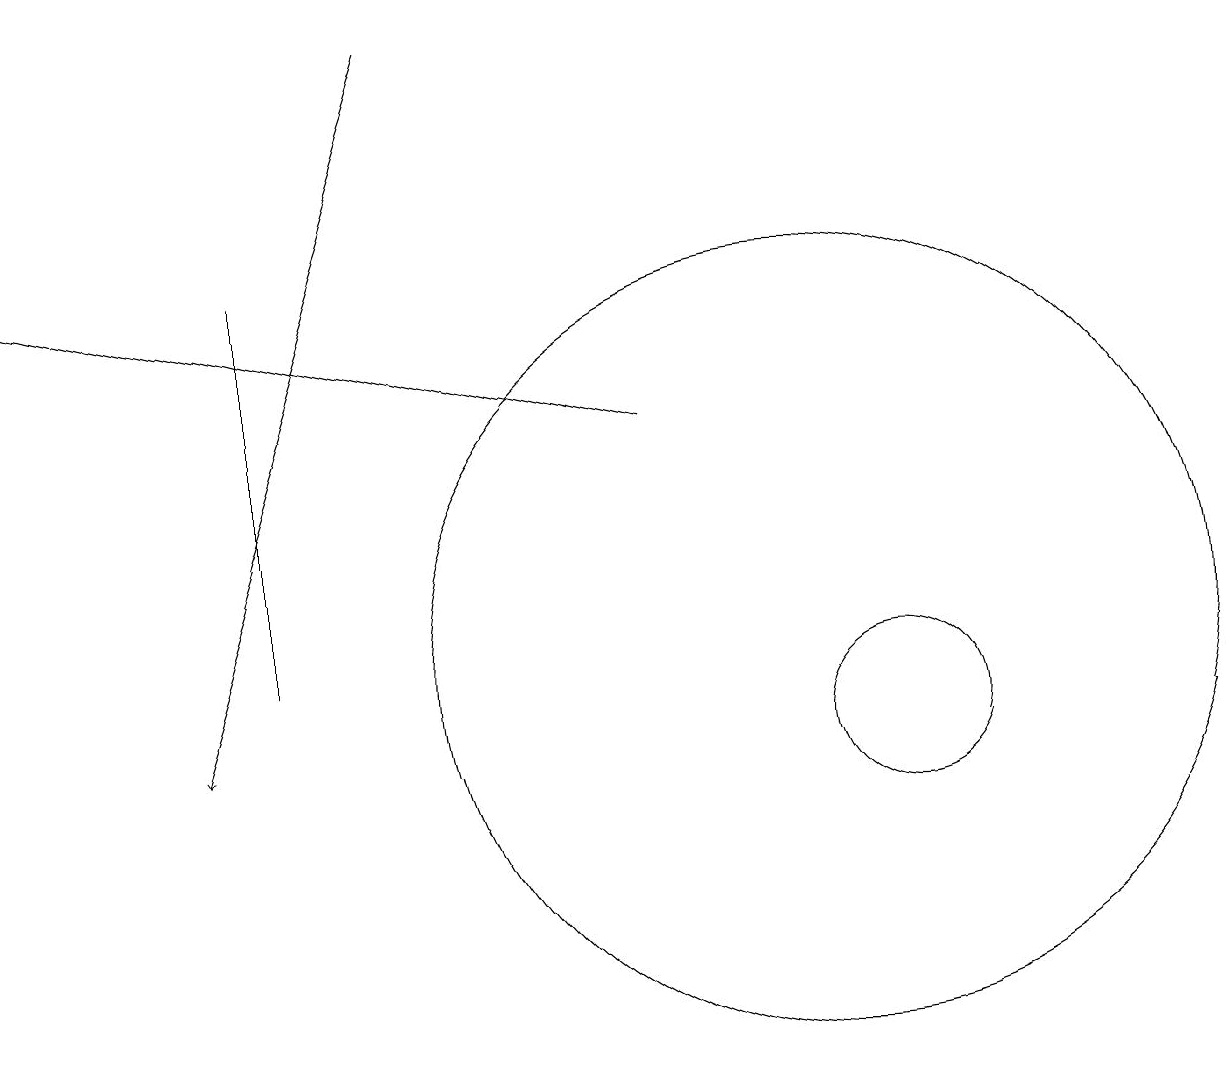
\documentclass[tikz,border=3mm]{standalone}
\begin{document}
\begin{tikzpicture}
\draw (11,10) circle (1);
\draw (10,11) circle (5);
\draw[->] (8,14) -- (0,16);
\draw (3,16) rectangle (3,11);
\draw (11,11) circle (0);
\draw[->] (5,19) -- (2,10);
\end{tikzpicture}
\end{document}